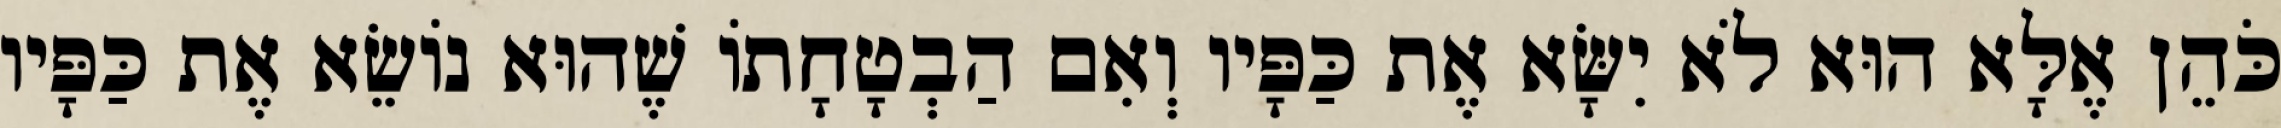
כֹּהֵן אֶלָּא הוּא לֹא יִשָּׂא אֶת כַּפָּיו וְאִם הַבְטָחָתוֹ שֶׁהוּא נוֹשֵׂא אֶת כַּפָּיו